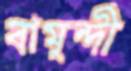
বামুন্দী